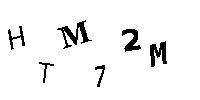
HTM72M